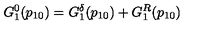
G _ { 1 } ^ { 0 } ( p _ { 1 0 } ) = G _ { 1 } ^ { \delta } ( p _ { 1 0 } ) + G _ { 1 } ^ { R } ( p _ { 1 0 } )